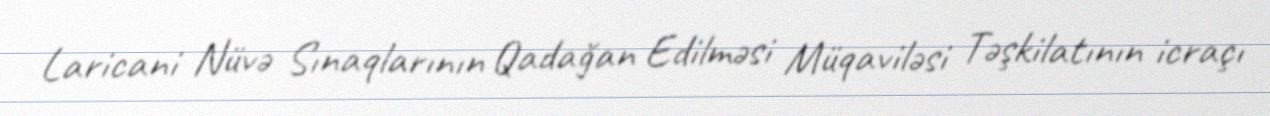
Laricani Nüvə Sınaqlarının Qadağan Edilməsi Müqaviləsi Təşkilatının icraçı